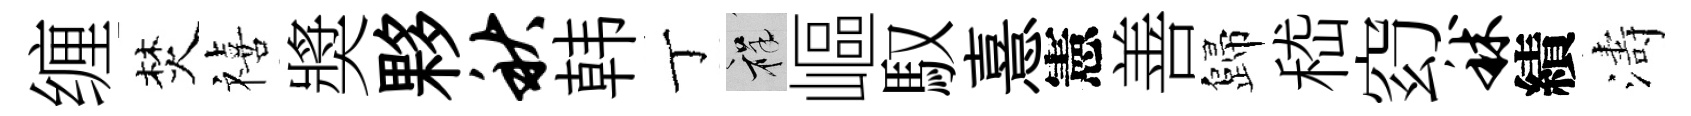
缠焚禧奬夥秋韩丁祥嶇馭憙憲善歸嵇𥥆秫績濤